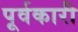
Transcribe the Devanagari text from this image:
पूर्वकारी